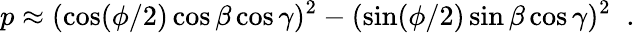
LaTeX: p\approx(\cos(\phi/2)\cos\beta\cos\gamma)^{2}-(\sin(\phi/2)\sin\beta\cos\gamma)^{2}\; \; .